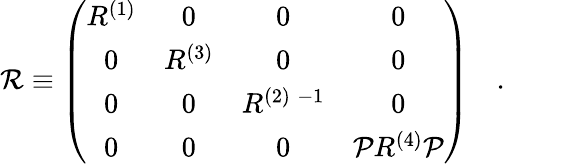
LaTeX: {\cal R}\equiv\left(\begin{array}{cccc}{{R^{(1)}}}&{{0}}&{{0}}&{{0}}\\ {{0}}&{{R^{(3)}}}&{{0}}&{{0}}\\ {{0}}&{{0}}&{{R^{(2)\; -1}}}&{{0}}\\ {{0}}&{{0}}&{{0}}&{{{\cal P}R^{(4)}{\cal P}}}\end{array}\right)\quad.\qquad